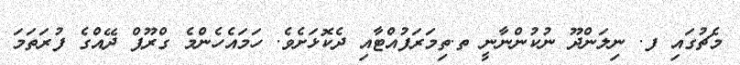
މެޗުގައި ފ. ނިލަންދޫ ނުކުންނާނީ ތ.ތިމަރަފުއްޓާއި ދެކޮޅަށެވެ. ހަމައެހެންމެ ގްރޫޕް ދޭއްގެ ފުރަތަމަ